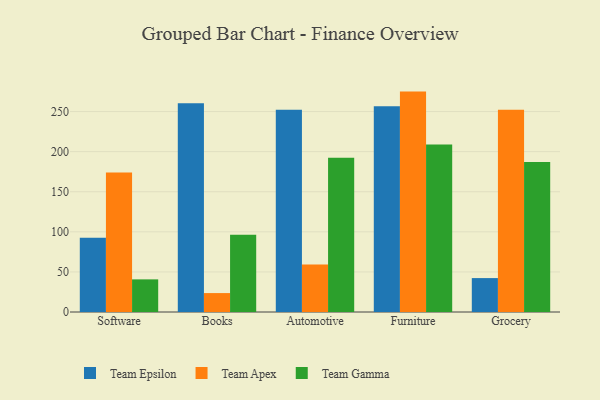
{"axis": {"x": "Category", "y": "Active Users"}, "legend": ["Team Apex", "Team Epsilon", "Team Gamma"], "data": [{"x": "Software", "y": 92.6, "type": "Team Epsilon"}, {"x": "Software", "y": 174.0, "type": "Team Apex"}, {"x": "Software", "y": 40.7, "type": "Team Gamma"}, {"x": "Books", "y": 260.4, "type": "Team Epsilon"}, {"x": "Books", "y": 23.6, "type": "Team Apex"}, {"x": "Books", "y": 96.2, "type": "Team Gamma"}, {"x": "Automotive", "y": 252.2, "type": "Team Epsilon"}, {"x": "Automotive", "y": 59.4, "type": "Team Apex"}, {"x": "Automotive", "y": 192.3, "type": "Team Gamma"}, {"x": "Furniture", "y": 256.6, "type": "Team Epsilon"}, {"x": "Furniture", "y": 274.9, "type": "Team Apex"}, {"x": "Furniture", "y": 208.8, "type": "Team Gamma"}, {"x": "Grocery", "y": 42.3, "type": "Team Epsilon"}, {"x": "Grocery", "y": 252.3, "type": "Team Apex"}, {"x": "Grocery", "y": 187.2, "type": "Team Gamma"}]}